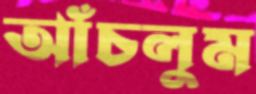
আঁচলুম